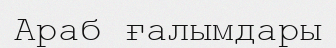
Араб ғалымдары